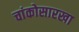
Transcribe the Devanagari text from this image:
चांकोसारखा